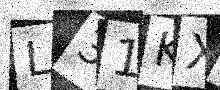
Text: L31KXA